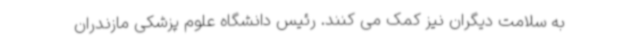
به سلامت دیگران نیز کمک می کنند. رئیس دانشگاه علوم پزشکی مازندران